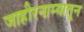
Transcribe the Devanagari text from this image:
जाहीरनाम्यातून